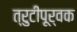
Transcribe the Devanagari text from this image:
त्रुटीपूर्वक